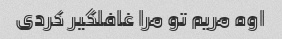
اوه مریم تو مرا غافلگیر کردی